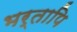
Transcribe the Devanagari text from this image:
भर्तापि